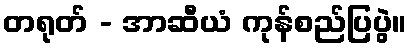
တရုတ် - အာဆီယံ ကုန်စည်ပြပွဲ။